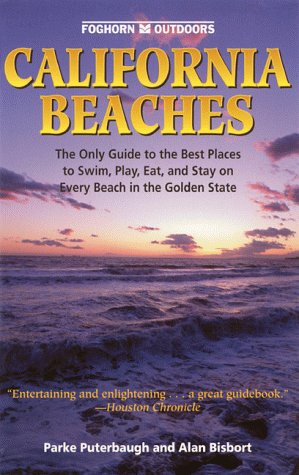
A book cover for Foghorn Outdoors: California Beaches; Alan Bisbort; Travel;